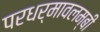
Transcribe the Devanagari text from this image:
परधर्मावलम्बी